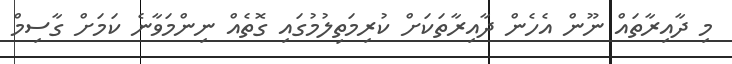
މި ދާއިރާތައް ނޫން އެހެން ދާއިރާތަކަށް ކުރިމަތިލުމުގައި ގޮތެއް ނިންމަވާނެ ކަމަށް ގާސިމް